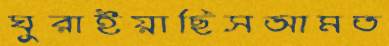
ঘুরাইয়াছিসআমত